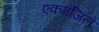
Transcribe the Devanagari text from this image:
एकमंजिले